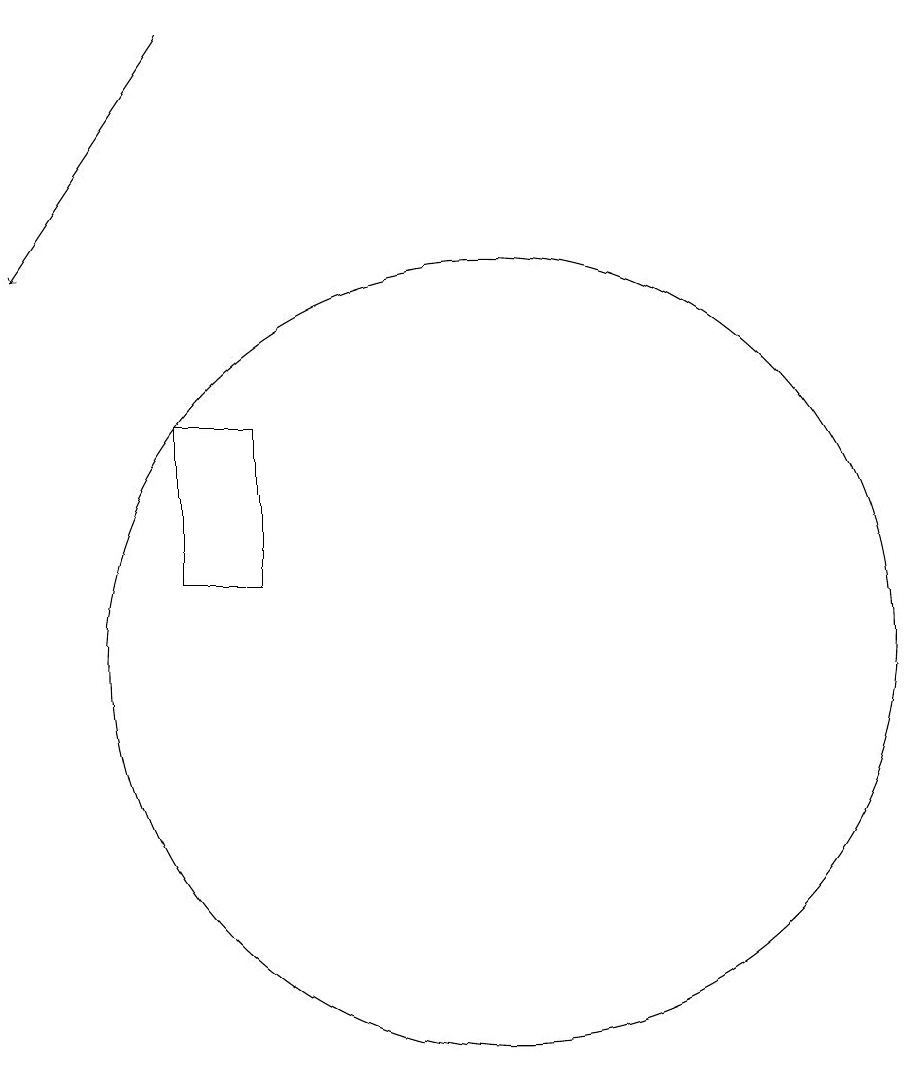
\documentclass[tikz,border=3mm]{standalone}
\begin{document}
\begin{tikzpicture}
\draw[->] (7,18) -- (5,15);
\draw (7,13) rectangle (8,11);
\draw (11,10) circle (5);
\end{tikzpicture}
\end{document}